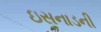
ઇસનાડની